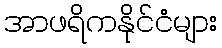
အာဖရိကနိုင်ငံများ